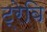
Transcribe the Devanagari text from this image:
ट्रेवि